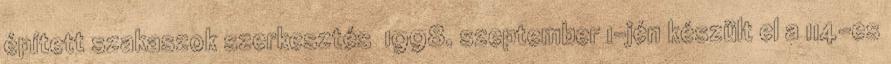
épített szakaszok szerkesztés 1998. szeptember 1-jén készült el a 114-es